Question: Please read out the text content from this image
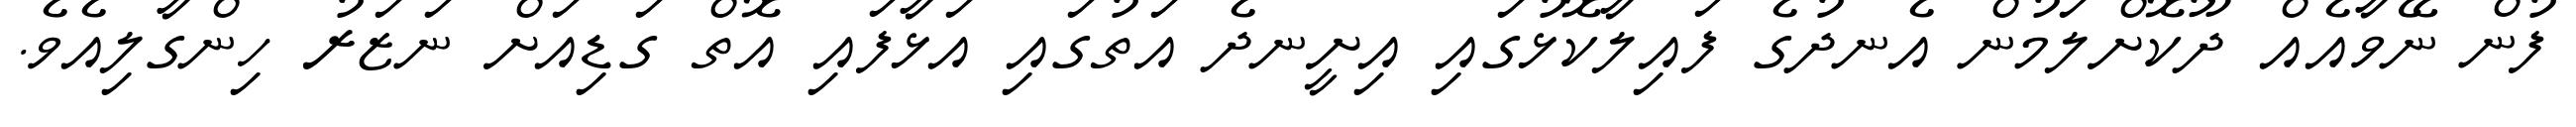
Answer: ފުން ނޭވާއެއް ދޫކޮށްލަމުން އެނދުގެ ފައިލާކޮޅުގައި އިށީނދެ އަތުގައި އަޅާފައި އޮތް ގަޑިއަށް ނަޒަރު ހިންގާލިއެވެ.